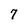
Character: 7